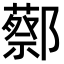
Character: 𬪝